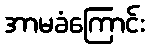
အာမခံကြောင်း